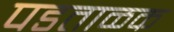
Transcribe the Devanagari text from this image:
पडताळक